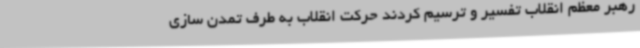
رهبر معظم انقلاب تفسیر و ترسیم کردند حرکت انقلاب به طرف تمدن سازی